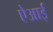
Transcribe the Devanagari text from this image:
ऐआई